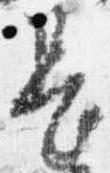
長